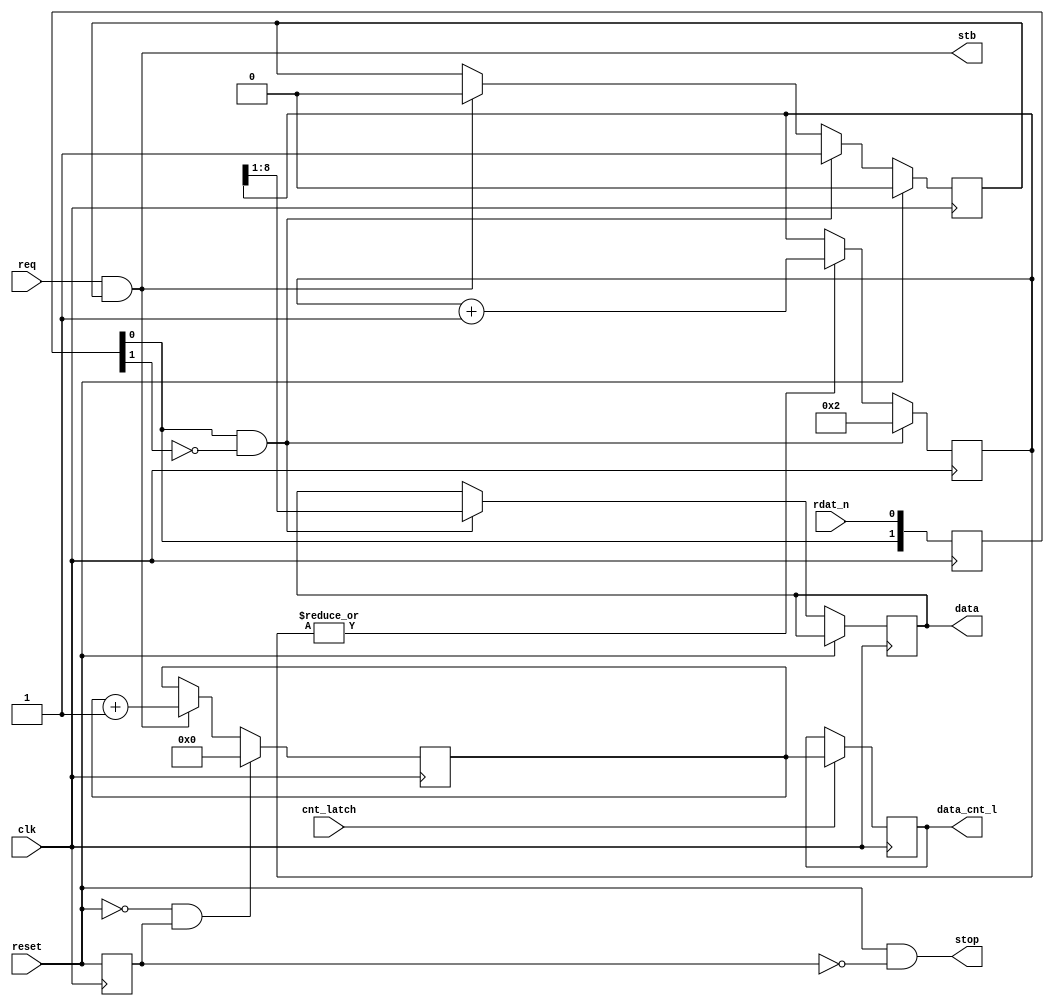
module fddrip
(
  input  wire        clk,
  input  wire        reset,
  input  wire        rdat_n,
  output reg  [7:0]  data,
  output reg  [18:0] data_cnt_l,
  input  wire        cnt_latch,
  input  wire        req,
  output wire        stop,
  output wire        stb
);

  reg reset_r;
  reg data_ready;
  reg [18:0] data_cnt;

  /* Grabbed data counter */
  always @(posedge clk)
  begin
    if (!reset && reset_r)
      data_cnt <= 0;

    else if (stb)
      data_cnt <= data_cnt + 1'b1;

    if (cnt_latch)
      data_cnt_l <= data_cnt;
   end

  /* DMA interface */
  assign stop = reset && !reset_r;
  assign stb = req && data_ready;

  always @(posedge clk)
    reset_r <= reset;

  /* Pulse counting */
  reg [1:0] rdat;
  reg [8:0] rle_cnt;

  wire pulse = rdat[0] && !rdat[1];   // input signal looks like: __-_________-____-____

  always @(posedge clk)
  begin
    // re-sync input data
    rdat <= {rdat[0], rdat_n};

    // RLE counter
    if (pulse)
      rle_cnt <= 2;   // to always have initial 1

    else if (|rle_cnt)    // overrun is indicated with 0 value and the counter stops
      rle_cnt <= rle_cnt + 1'b1;

    // data and data counter
    if (reset)
    begin
      data_ready <= 1'b0;
    end

    else if (pulse)
    begin
      data <= rle_cnt[8:1];   // divide by 2
      data_ready <= 1'b1;
    end

    else if (stb)
      data_ready <= 1'b0;
  end

endmodule